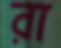
রা